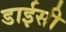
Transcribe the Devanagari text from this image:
डाईसी